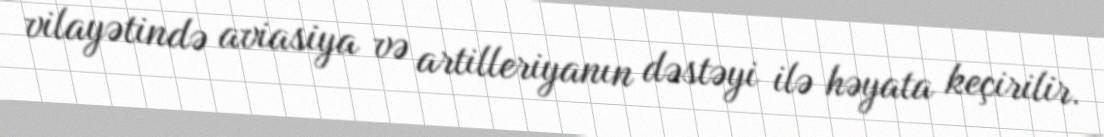
vilayətində aviasiya və artilleriyanın dəstəyi ilə həyata keçirilir.